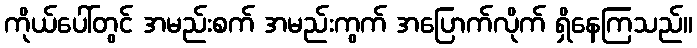
ကိုယ်ပေါ်တွင် အမည်းစက် အမည်းကွက် အပြောက်လိုက် ရှိနေကြသည်။